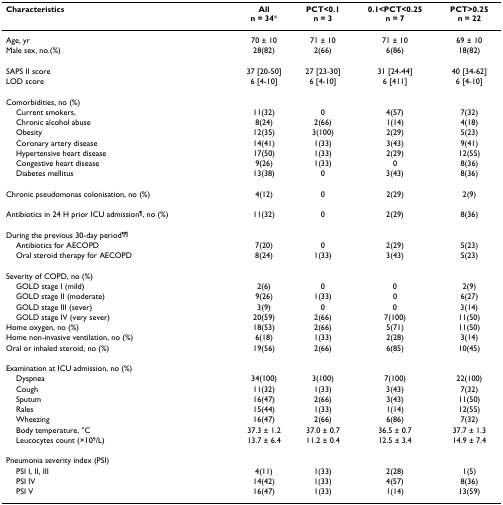
<table><thead><tr><td><b>Characteristics</b></td><td><b>Alln = 34*</b></td><td><b>PCT&lt;0.1n = 3</b></td><td><b>0.1&lt;PCT&lt;0.25n = 7</b></td><td><b>PCT&gt;0.25n = 22</b></td></tr></thead><tbody><tr><td>Age, yr</td><td>70 ± 10</td><td>71 ± 10</td><td>71 ± 10</td><td>69 ± 10</td></tr><tr><td>Male sex, no.(%)</td><td>28(82)</td><td>2(66)</td><td>6(86)</td><td>18(82)</td></tr><tr><td>SAPS II score</td><td>37 [20-50]</td><td>27 [23-30]</td><td>31 [24-44]</td><td>40 [34-62]</td></tr><tr><td>LOD score</td><td>6 [4-10]</td><td>6 [4-10]</td><td>6 [411]</td><td>6 [4-10]</td></tr><tr><td>Comorbidities, no (%)</td><td></td><td></td><td></td><td></td></tr><tr><td> Current smokers,</td><td>11(32)</td><td>0</td><td>4(57)</td><td>7(32)</td></tr><tr><td> Chronic alcohol abuse</td><td>8(24)</td><td>2(66)</td><td>1(14)</td><td>4(18)</td></tr><tr><td> Obesity</td><td>12(35)</td><td>3(100)</td><td>2(29)</td><td>5(23)</td></tr><tr><td> Coronary artery disease</td><td>14(41)</td><td>1(33)</td><td>3(43)</td><td>9(41)</td></tr><tr><td> Hypertensive heart disease</td><td>17(50)</td><td>1(33)</td><td>2(29)</td><td>12(55)</td></tr><tr><td> Congestive heart disease</td><td>9(26)</td><td>1(33)</td><td>0</td><td>8(36)</td></tr><tr><td> Diabetes mellitus</td><td>13(38)</td><td>0</td><td>3(43)</td><td>8(36)</td></tr><tr><td>Chronic pseudomonas colonisation, no (%)</td><td>4(12)</td><td>0</td><td>2(29)</td><td>2(9)</td></tr><tr><td>Antibiotics in 24 H prior ICU admission<sup>¶</sup>, no (%)</td><td>11(32)</td><td>0</td><td>2(29)</td><td>8(36)</td></tr><tr><td>During the previous 30-day period<sup>¶¶</sup></td><td></td><td></td><td></td><td></td></tr><tr><td> Antibiotics for AECOPD</td><td>7(20)</td><td>0</td><td>2(29)</td><td>5(23)</td></tr><tr><td> Oral steroid therapy for AECOPD</td><td>8(24)</td><td>1(33)</td><td>3(43)</td><td>5(23)</td></tr><tr><td>Severity of COPD, no (%)</td><td></td><td></td><td></td><td></td></tr><tr><td> GOLD stage I (mild)</td><td>2(6)</td><td>0</td><td>0</td><td>2(9)</td></tr><tr><td> GOLD stage II (moderate)</td><td>9(26)</td><td>1(33)</td><td>0</td><td>6(27)</td></tr><tr><td> GOLD stage III (sever)</td><td>3(9)</td><td>0</td><td>0</td><td>3(14)</td></tr><tr><td> GOLD stage IV (very sever)</td><td>20(59)</td><td>2(66)</td><td>7(100)</td><td>11(50)</td></tr><tr><td>Home oxygen, no (%)</td><td>18(53)</td><td>2(66)</td><td>5(71)</td><td>11(50)</td></tr><tr><td>Home non-invasive ventilation, no (%)</td><td>6(18)</td><td>1(33)</td><td>2(28)</td><td>3(14)</td></tr><tr><td>Oral or inhaled steroid, no (%)</td><td>19(56)</td><td>2(66)</td><td>6(85)</td><td>10(45)</td></tr><tr><td>Examination at ICU admission, no (%)</td><td></td><td></td><td></td><td></td></tr><tr><td> Dyspnea</td><td>34(100)</td><td>3(100)</td><td>7(100)</td><td>22(100)</td></tr><tr><td> Cough</td><td>11(32)</td><td>1(33)</td><td>3(43)</td><td>7(32)</td></tr><tr><td> Sputum</td><td>16(47)</td><td>2(66)</td><td>3(43)</td><td>11(50)</td></tr><tr><td> Rales</td><td>15(44)</td><td>1(33)</td><td>1(14)</td><td>12(55)</td></tr><tr><td> Wheezing</td><td>16(47)</td><td>2(66)</td><td>6(86)</td><td>7(32)</td></tr><tr><td> Body temperature, °C</td><td>37.3 ± 1.2</td><td>37.0 ± 0.7</td><td>36.5 ± 0.7</td><td>37.7 ± 1.3</td></tr><tr><td> Leucocytes count (×10<sup>9</sup>/L)</td><td>13.7 ± 6.4</td><td>11.2 ± 0.4</td><td>12.5 ± 3.4</td><td>14.9 ± 7.4</td></tr><tr><td>Pneumonia severity index (PSI)</td><td></td><td></td><td></td><td></td></tr><tr><td> PSI I, II, III</td><td>4(11)</td><td>1(33)</td><td>2(28)</td><td>1(5)</td></tr><tr><td> PSI IV</td><td>14(42)</td><td>1(33)</td><td>4(57)</td><td>8(36)</td></tr><tr><td> PSI V</td><td>16(47)</td><td>1(33)</td><td>1(14)</td><td>13(59)</td></tr></tbody></table>